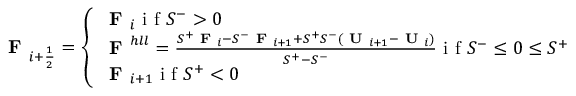
\textbf { F } _ { i + \frac { 1 } { 2 } } = \left\{ \begin{array} { l l } { \textbf { F } _ { i } \textrm { i f } S ^ { - } > 0 } \\ { \textbf { F } ^ { h l l } = \frac { S ^ { + } \textbf { F } _ { i } - S ^ { - } \textbf { F } _ { i + 1 } + S ^ { + } S ^ { - } ( \textbf { U } _ { i + 1 } - \textbf { U } _ { i } ) } { S ^ { + } - S ^ { - } } \textrm { i f } S ^ { - } \leq 0 \leq S ^ { + } } \\ { \textbf { F } _ { i + 1 } \textrm { i f } S ^ { + } < 0 } \end{array} \right.